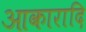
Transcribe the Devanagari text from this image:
आकारादि